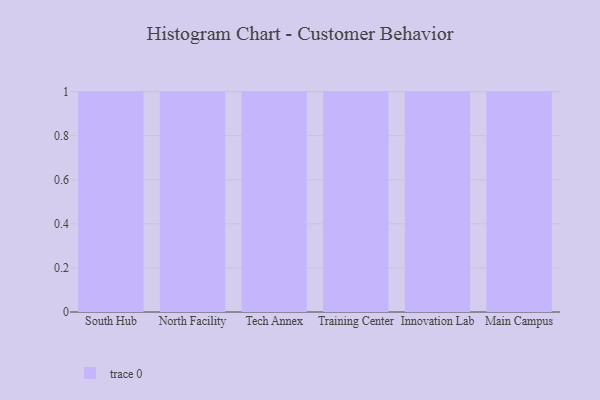
{"axis": {"x": "Campus", "y": "Humidity (%)"}, "legend": [""], "data": [{"x": "South Hub", "y": 45, "type": ""}, {"x": "North Facility", "y": 47, "type": ""}, {"x": "Tech Annex", "y": 5, "type": ""}, {"x": "Training Center", "y": 69, "type": ""}, {"x": "Innovation Lab", "y": 83, "type": ""}, {"x": "Main Campus", "y": 81, "type": ""}]}